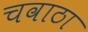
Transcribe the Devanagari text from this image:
चवाठा